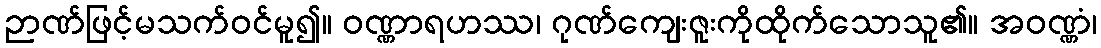
ဉာဏ်ဖြင့်မသက်ဝင်မူ၍။ ဝဏ္ဏာရဟဿ၊ ဂုဏ်ကျေးဇူးကိုထိုက်သောသူ၏။ အဝဏ္ဏံ၊